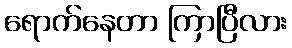
ရောက်နေတာ ကြာပြီလား